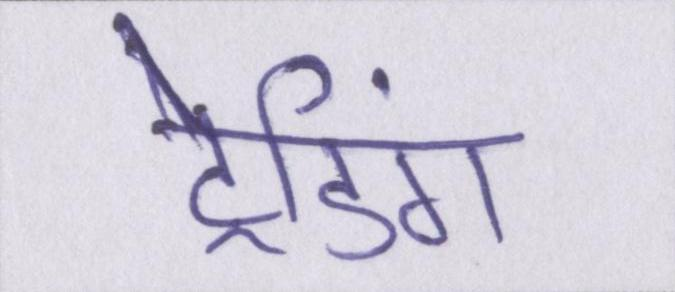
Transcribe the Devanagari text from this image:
ट्रेडिंग